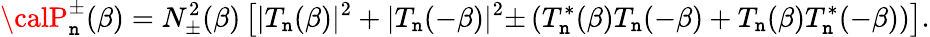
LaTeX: {\calP}_{\mathtt{n}}^{\pm}(\beta)=N_{\pm}^{2}(\beta)\left[|T_{\mathtt{n}}(\beta)|^{2}+|T_{\mathtt{n}}(-\beta)|^{2}{\pm}\left(T_{\mathtt{n}}^{*}(\beta)T_{\mathtt{n}}(-\beta)+T_{\mathtt{n}}(\beta)T_{\mathtt{n}}^{*}(-\beta)\right)\right].